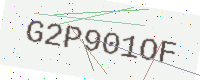
Text: G2P901OF